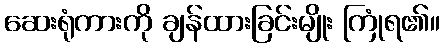
ဆေးရုံကားကို ချန်ထားခြင်းမျိုး ကြုံရ၏။